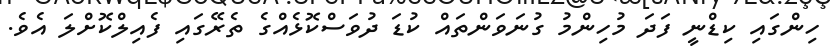
ހިންގައި ކިޑްނީ ފަދަ މުހިންމު ގުނަވަންތައް ކުޑަ ދުވަސްކޮޅެއްގެ ތެރޭގައި ފެއިލްކޮށްލަ އެވެ.